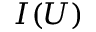
I ( U )